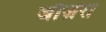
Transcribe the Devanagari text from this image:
जौज़रा